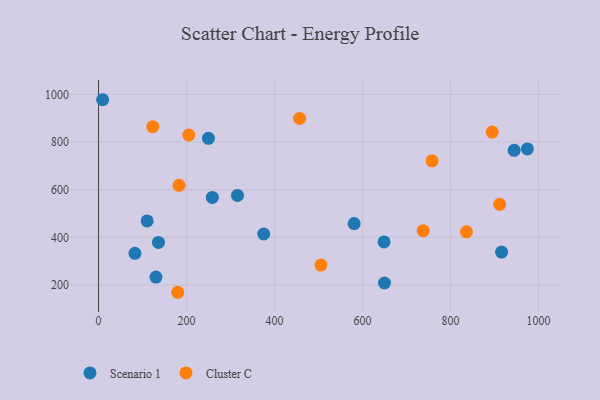
{"axis": {"x": "Price", "y": "Sales"}, "legend": ["Cluster C", "Scenario 1"], "data": [{"x": "136.2", "y": 378.7, "type": "Scenario 1"}, {"x": "649.0", "y": 381.0, "type": "Scenario 1"}, {"x": "82.8", "y": 333.1, "type": "Scenario 1"}, {"x": "944.6", "y": 765.2, "type": "Scenario 1"}, {"x": "130.4", "y": 233.2, "type": "Scenario 1"}, {"x": "916.1", "y": 338.3, "type": "Scenario 1"}, {"x": "249.8", "y": 815.5, "type": "Scenario 1"}, {"x": "9.3", "y": 977.6, "type": "Scenario 1"}, {"x": "258.7", "y": 567.5, "type": "Scenario 1"}, {"x": "581.0", "y": 457.8, "type": "Scenario 1"}, {"x": "375.5", "y": 414.0, "type": "Scenario 1"}, {"x": "315.8", "y": 575.8, "type": "Scenario 1"}, {"x": "974.7", "y": 771.2, "type": "Scenario 1"}, {"x": "649.9", "y": 208.5, "type": "Scenario 1"}, {"x": "110.4", "y": 469.1, "type": "Scenario 1"}, {"x": "183.0", "y": 618.2, "type": "Cluster C"}, {"x": "180.1", "y": 169.5, "type": "Cluster C"}, {"x": "737.8", "y": 428.0, "type": "Cluster C"}, {"x": "457.0", "y": 899.0, "type": "Cluster C"}, {"x": "505.5", "y": 283.6, "type": "Cluster C"}, {"x": "894.8", "y": 841.8, "type": "Cluster C"}, {"x": "123.3", "y": 864.5, "type": "Cluster C"}, {"x": "911.8", "y": 538.7, "type": "Cluster C"}, {"x": "758.2", "y": 721.0, "type": "Cluster C"}, {"x": "205.1", "y": 829.6, "type": "Cluster C"}, {"x": "836.3", "y": 423.0, "type": "Cluster C"}]}